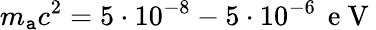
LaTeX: m_{\mathtt{a}}c^{2}=5\cdot10^{-8}-5\cdot10^{-6}\, \mathrm{{~e~V~}}